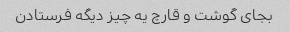
بجای گوشت و قارچ یه چیز دیگه فرستادن